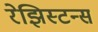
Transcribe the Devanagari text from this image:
रेझिस्टन्स